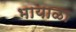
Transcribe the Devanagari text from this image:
भायाळा